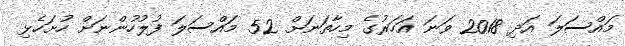
މައްސަލަ އަދި 2018 ވަނަ އަހަރުގެ މިހާތަނަށް 52 މައްސަލަ ފުލުހުންނަށް ހުށަހެޅި